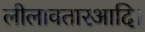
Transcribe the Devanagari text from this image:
लीलावतारआदि।